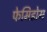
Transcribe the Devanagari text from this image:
फेमिडोम